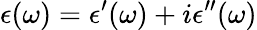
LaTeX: \epsilon(\omega)=\epsilon^{\prime}(\omega)+i\epsilon^{\prime\prime}(\omega)